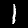
Label: 1